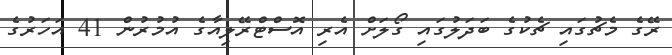
ރޭގެ މެޗުގައި ޗެކުގެ ބަދަލުގައި ގޯލަށް އެރި އޮސްޓްރޭލިއާގެ އުމުރުން 41 އަހަރުގެ